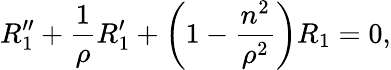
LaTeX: R_{1}^{\prime\prime}+\frac{1}{\rho}R_{1}^{\prime}+\left(1-\frac{n^{2}}{\rho^{2}}\right)R_{1}=0,